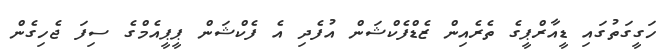
ހަގީގަތުގައި ޑީއާރްޕީގެ ތެރެއިން ޒެޑްފެކްޝަން އުފެދި އެ ފެކްޝަން ޕީޕީއެމްގެ ސިފަ ޖެހިގެން